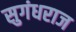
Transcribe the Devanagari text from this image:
सुगंधराज